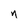
Character: n